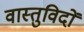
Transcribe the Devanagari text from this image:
वास्‍तुविदों